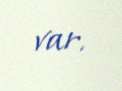
var.